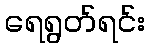
ရေရွတ်ရင်း